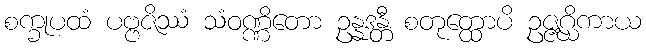
စက္ခုပထံ ပဗ္ဗဇိဿံ သံဝဏ္ဏိတော ဥန္နဒန္တီ စတုတ္ထောပိ ဥဇ္ဇဂ္ဃိကာယ